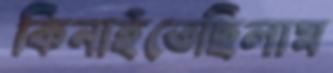
কিনাইতেছিলাম